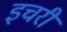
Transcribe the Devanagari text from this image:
इचरी